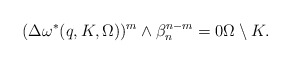
\begin{align*} (\Delta \omega^*(q, K, \Omega) )^m\wedge\beta_n^{n-m}=0\Omega\setminus K.\end{align*}